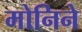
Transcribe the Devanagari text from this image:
मोनिने